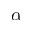
\alpha